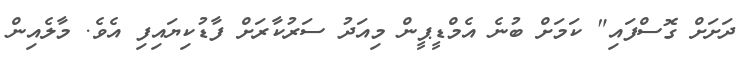
ދަށަށް ގޮސްފައި" ކަމަށް ބުނެ އެމްޑީޕީން މިއަދު ސަރުކާރަށް ފާޑުކިޔައިފި އެވެ. މާލެއިން